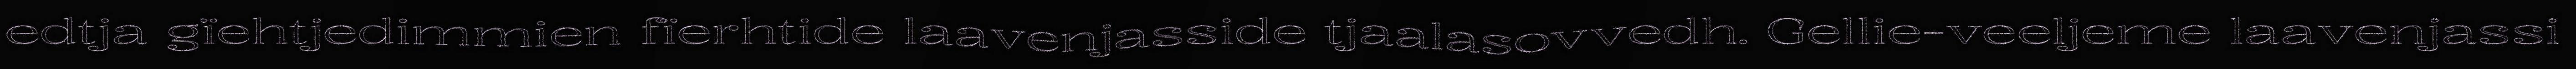
edtja gïehtjedimmien fïerhtide laavenjasside tjaalasovvedh. Gellie-veeljeme laavenjassi